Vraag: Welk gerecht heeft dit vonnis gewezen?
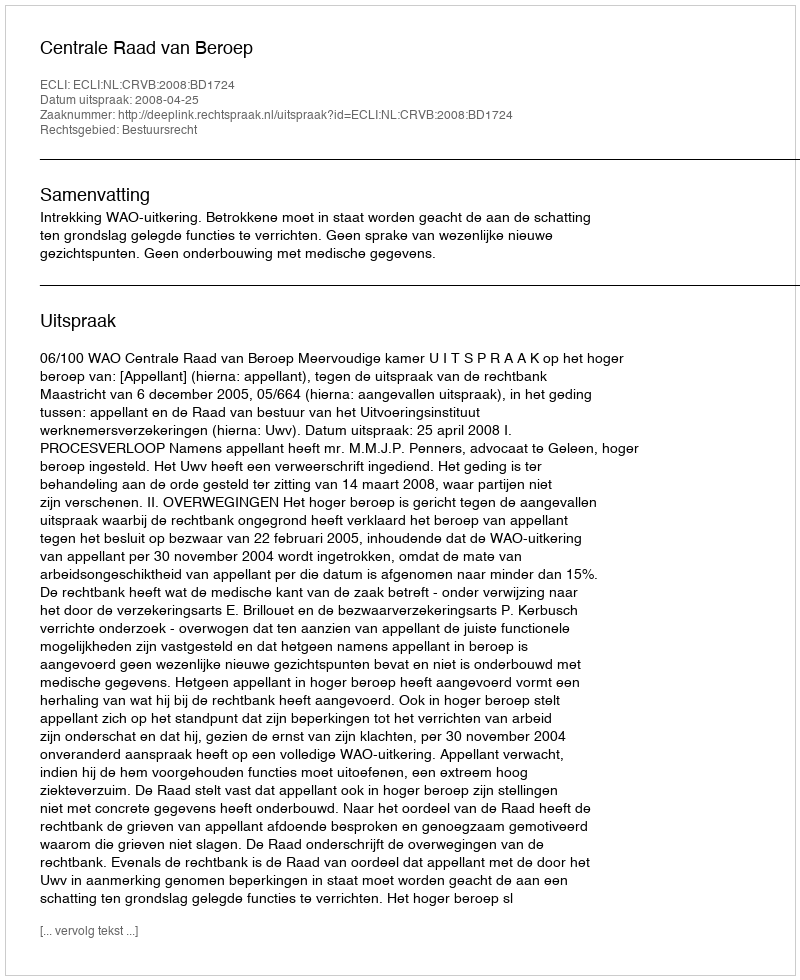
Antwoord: Centrale Raad van Beroep